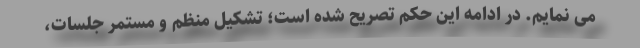
می نمایم. در ادامه این حکم تصریح شده است؛ تشکیل منظم و مستمر جلسات،